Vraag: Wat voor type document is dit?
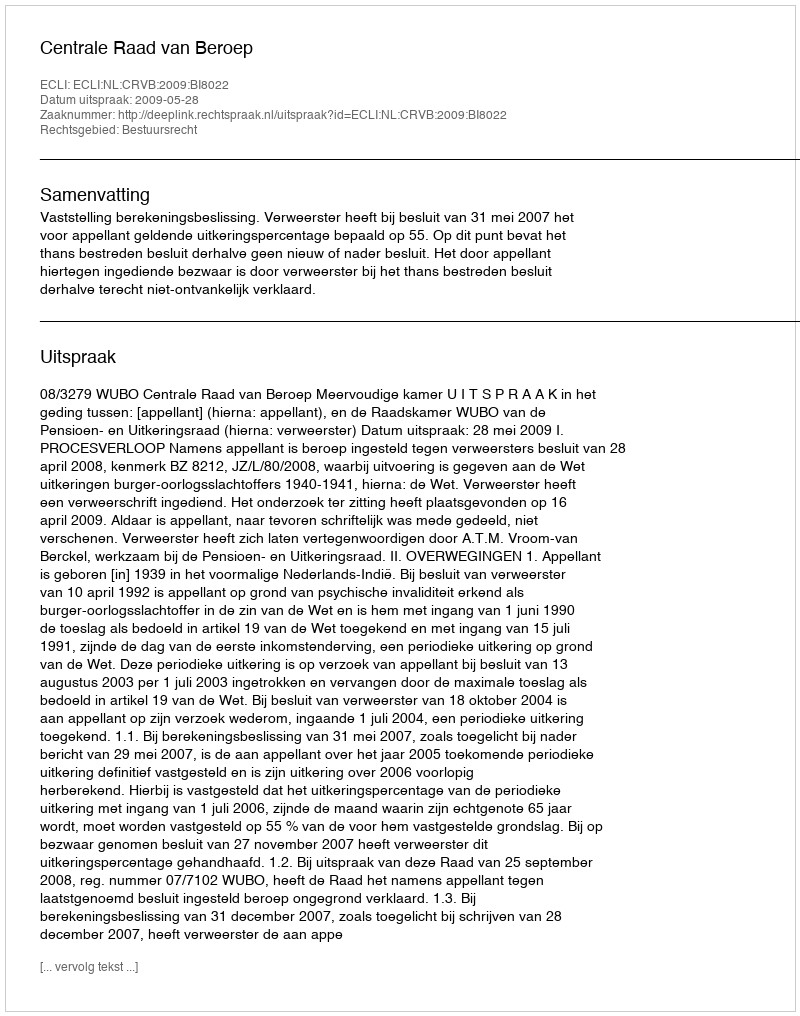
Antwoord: Uitspraak